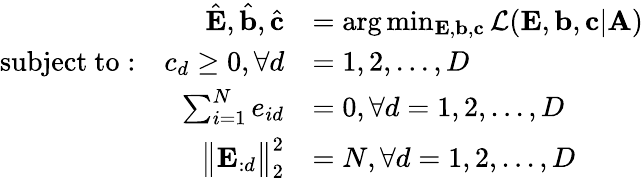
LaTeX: \begin{array}{rl}{\hat{\mathbf{E}},\hat{\mathbf{b}},\hat{\mathbf{c}}}&{=\arg\operatorname*{min}_{\mathbf{E},{\mathbf{b}},{\mathbf{c}}}\mathcal{L}({\mathbf{E}},{\mathbf{b}},{\mathbf{c}}|{\mathbf{A}})}\\ {{\mathrm{subject~to}}:~~~c_{d}\geq 0,\forall d}&{=1,2,...,D}\\ {\sum_{i=1}^{N}e_{id}}&{=0,\forall d=1,2,...,D}\\ {\big\| {\mathbf{E}}_{:d}\big\| _{2}^{2}}&{=N,\forall d=1,2,...,D}\end{array}